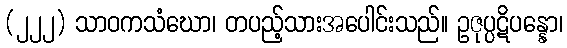
(၂၂၂) သာဝကသံဃော၊ တပည့်သားအပေါင်းသည်။ ဥဇုပ္ပဋိပန္နော၊